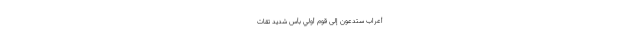
ْأَعْرَابِ سَتُدْعَوْنَ إِلَى قَوْمٍ أُولِي بَأْسٍ شَدِيدٍ تُقَات